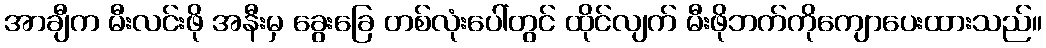
အာချီက မီးလင်းဖို အနီးမှ ခွေးခြေ တစ်လုံးပေါ်တွင် ထိုင်လျက် မီးဖိုဘက်ကိုကျောပေးထားသည်။